Calcutta medical institutions reports 1871-78
Year: 1871
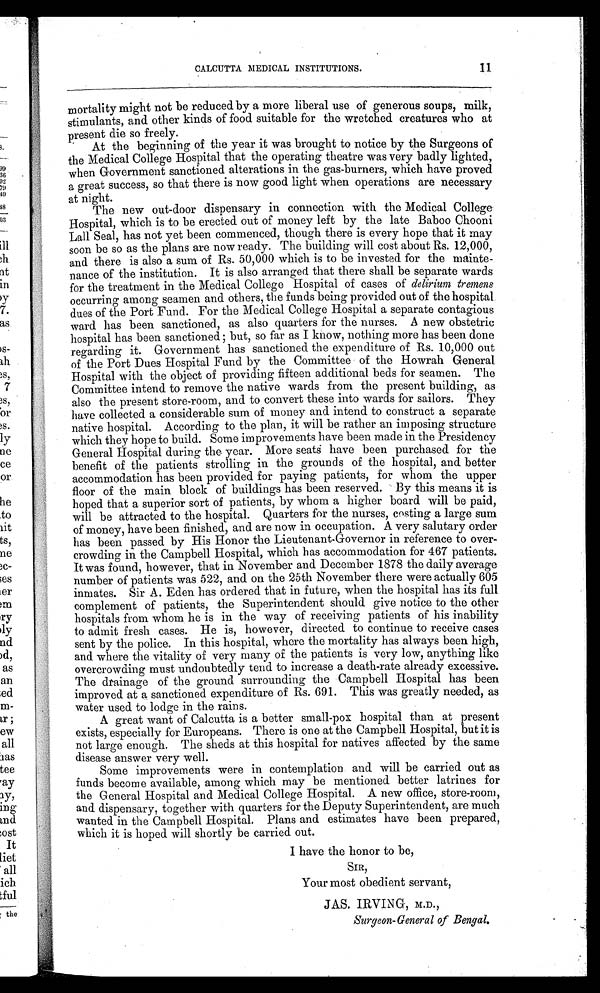
CALCUTTA MEDICAL INSTITUTIONS.
11
mortality might not be reduced by a more liberal use of generous soups, milk,
stimulants, and other kinds of food suitable for the wretched creatures who at
present die so freely.
At the beginning of the year it was brought to notice by the Surgeons of
the Medical College Hospital that the operating theatre was very badly lighted,
when Government sanctioned alterations in the gas-burners, which have proved
a great success, so that there is now good light when operations are necessary
at night.
The new out-door dispensary in connection with the Medical College
Hospital, which is to be erected out of money left by the late Baboo Chooni
Lall Seal, has not yet been commenced, though there is every hope that it may
soon be so as the plans are now ready. The building will cost about Rs. 12,000,
and there is also a sum of Rs. 50,000 which is to be invested for the mainte-
nance of the institution. It is also arranged that there shall be separate wards
for the treatment in the Medical College Hospital of cases of delirium tremens
occurring among seamen and others, the funds being provided out of the hospital
dues of the Port Fund. For the Medical College Hospital a separate contagious
ward has been sanctioned, as also quarters for the nurses. A new obstetric
hospital has been sanctioned; but, so far as I know, nothing more has been done
regarding it. Government has sanctioned the expenditure of Rs. 10,000 out
of the Port Dues Hospital Fund by the Committee of the Howrah General
Hospital with the object of providing fifteen additional beds for seamen. The
Committee intend to remove the native wards from the present building, as
also the present store-room, and to convert these into wards for sailors. They
have collected a considerable sum of money and intend to construct a separate
native hospital. According to the plan, it will be rather an imposing structure
which they hope to build. Some improvements have been made in the Presidency
General Hospital during the year. More seats have been purchased for the
benefit of the patients strolling in the grounds of the hospital, and better
accommodation has been provided for paying patients, for whom the upper
floor of the main block of buildings has been reserved. By this means it is
hoped that a superior sort of patients, by whom a higher board will be paid,
will be attracted to the hospital. Quarters for the nurses, costing a large sum
of money, have been finished, and are now in occupation. A very salutary order
has been passed by His Honor the Lieutenant-Governor in reference to over-
crowding in the Campbell Hospital, which has accommodation for 467 patients.
It was found, however, that in November and December 1878 the daily average
number of patients was 522, and on the 25th November there were actually 605
inmates. Sir A. Eden has ordered that in future, when the hospital has its full
complement of patients, the Superintendent should give notice to the other
hospitals from whom he is in the way of receiving patients of his inability
to admit fresh cases. He is, however, directed to continue to receive cases
sent by the police. In this hospital, where the mortality has always been high,
and where the vitality of very many of the patients is very low, anything like
overcrowding must undoubtedly tend to increase a death-rate already excessive.
The drainage of the ground surrounding the Campbell Hospital has been
improved at a sanctioned expenditure of Rs. 691. This was greatly needed, as
water used to lodge in the rains.
A great want of Calcutta is a better small-pox hospital than at present
exists, especially for Europeans. There is one at the Campbell Hospital, but it is
not large enough. The sheds at this hospital for natives affected by the same
disease answer very well.
Some improvements were in contemplation and will be carried out as
funds become available, among which may be mentioned better latrines for
the General Hospital and Medical College Hospital. A new office, store-room,
and dispensary, together with quarters for the Deputy Superintendent, are much
wanted in the Campbell Hospital. Plans and estimates have been prepared,
which it is hoped will shortly be carried out.
I have the honor to be,
SIR,
Your most obedient servant.
JAS. IRVING, M.D.,
Surgeon-General of Bengal.